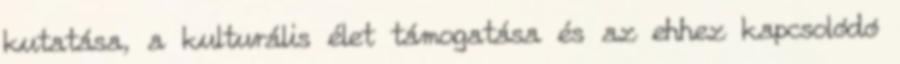
kutatása, a kulturális élet támogatása és az ehhez kapcsolódó